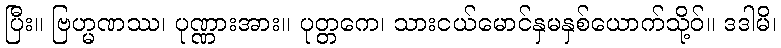
ပြီး။ ဗြဟ္မဏဿ၊ ပုဏ္ဏားအား။ ပုတ္တကေ၊ သားငယ်မောင်နှမနှစ်ယောက်သို့ဝ်။ ဒဒါမိ၊